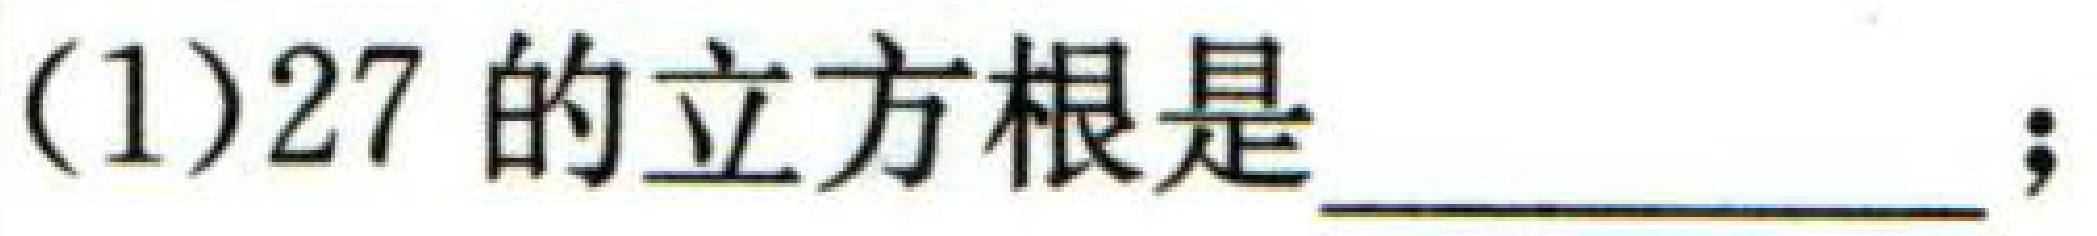
(1)$27$的立方根是  ；